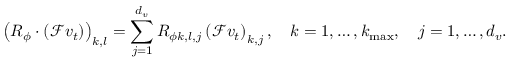
\left( R _ { \phi } \cdot \left( \mathcal { F } v _ { t } \right) \right) _ { k , l } = \sum _ { j = 1 } ^ { d _ { v } } R _ { \phi k , l , j } \left( \mathcal { F } v _ { t } \right) _ { k , j } , \quad k = 1 , \ldots , k _ { \operatorname* { m a x } } , \quad j = 1 , \ldots , d _ { v } .